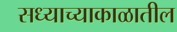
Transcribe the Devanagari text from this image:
सध्याच्याकाळातील